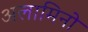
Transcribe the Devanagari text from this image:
अलामिनो